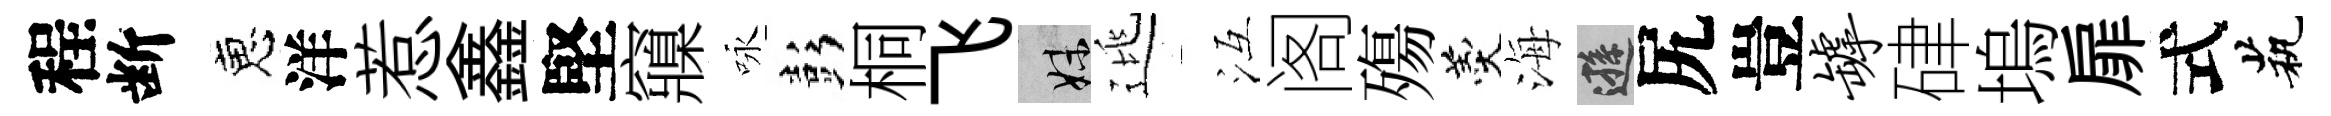
程断恵洋惹鑫堅䆿咏彭桐飞妹逃冱阁殤羹海遜尻豈罅硉塢扉式茕